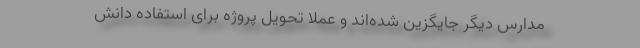
مدارس دیگر جایگزین شده‌اند و عملاً تحویل پروژه برای استفاده دانش